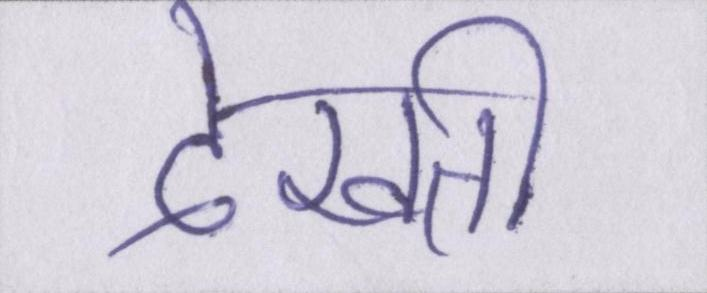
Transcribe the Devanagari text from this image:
देखती